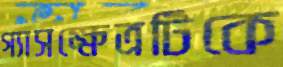
গ্যাসক্ষেত্রটিকে